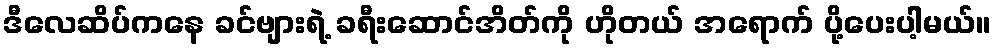
ဒီလေဆိပ်ကနေ ခင်ဗျားရဲ့ ခရီးဆောင်အိတ်ကို ဟိုတယ် အရောက် ပို့ပေးပါ့မယ်။